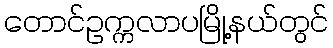
တောင်ဥက္ကလာပမြို့နယ်တွင်